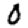
Digit: 0